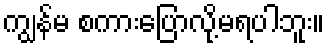
ကျွန်မ စကားပြောလို့မရပါဘူး။